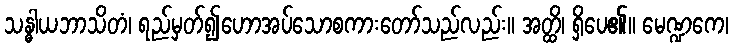
သန္ဓါယဘာသိတံ၊ ရည်မှတ်၍ဟောအပ်သောစကားတော်သည်လည်း။ အတ္ထိ၊ ရှိပေ၏။ မေဏ္ဍကေ၊